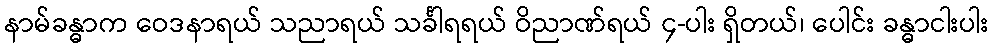
နာမ်ခန္ဓာက ဝေဒနာရယ် သညာရယ် သင်္ခါရရယ် ဝိညာဏ်ရယ် ၄-ပါး ရှိတယ်၊ ပေါင်း ခန္ဓာငါးပါး